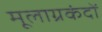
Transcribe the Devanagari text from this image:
मूलाग्रकंदों